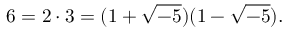
6 = 2 \cdot 3 = ( 1 + { \sqrt { - 5 } } ) ( 1 - { \sqrt { - 5 } } ) .